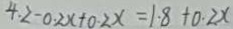
4 . 2 - 0 . 2 x + 0 . 2 x = 1 . 8 + 0 . 2 x